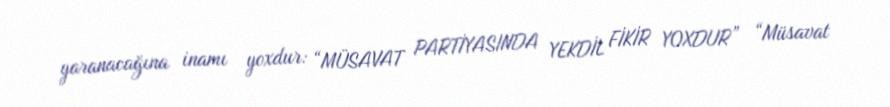
yaranacağına inamı yoxdur: “MÜSAVAT PARTİYASINDA YEKDİL FİKİR YOXDUR” “Müsavat